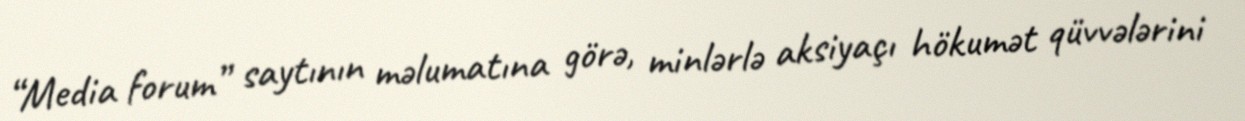
“Media forum” saytının məlumatına görə, minlərlə aksiyaçı hökumət qüvvələrini